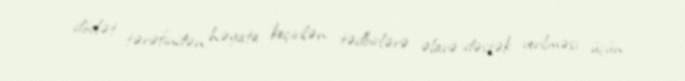
dövlət tərəfindən həyata keçirilən tədbirlərə əlavə dəstək verilməsi üçün